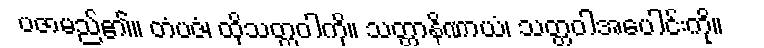
ပဇာမည်၏။ တံပဇံ၊ ထိုသတ္တဝါကို။ သတ္တာနိဏာယံ၊ သတ္တဝါအပေါင်းကို။